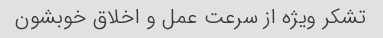
تشکر ویژه از سرعت عمل و اخلاق خوبشون